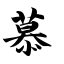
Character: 慕